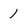
Character: 1